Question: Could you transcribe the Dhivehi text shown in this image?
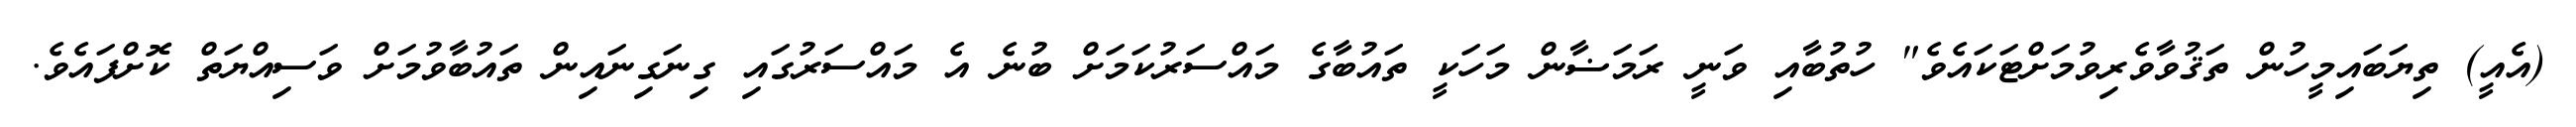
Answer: (އެއީ) ތިޔަބައިމީހުން ތަޤުވާވެރިވުމަށްޓަކައެވެ" ހުތުބާއި ވަނީ ރަމަޟާން މަހަކީ ތައުބާގެ މައްސަރުކަމަށް ބުނެ އެ މައްސަރުގައި ގިނަގިނައިން ތައުބާވުމަށް ވަސިއްޔަތް ކޮށްފައެވެ.